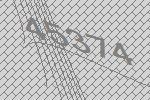
45374